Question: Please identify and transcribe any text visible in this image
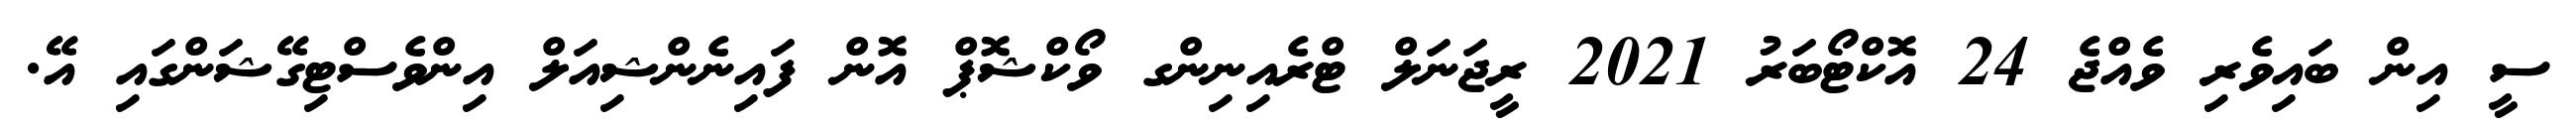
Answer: ސީ އިން ބައިވެރި ވެއްޖެ 24 އޮކްޓޯބަރު 2021 ރީޖަނަލް ޓްރެއިނިންގ ވޯކްޝޮޕް އޮން ފައިނެންޝިއަލް އިންވެސްޓިގޭޝަންގައި އޭ.